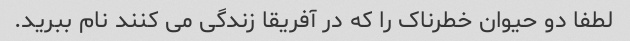
لطفا دو حیوان خطرناک را که در آفریقا زندگی می کنند نام ببرید.